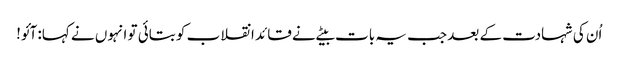
اُن کی شہادت کے بعد جب یہ بات بیٹے نے قائد انقلاب کو بتائی تو انہوں نے کہا: آئو!